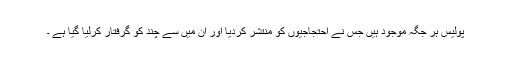
پولیس ہر جگہ موجود ہیں جس نے احتجاجیوں کو منتشر کردیا اور اُن میں سے چند کو گرفتار کرلیا گیا ہے ۔